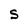
Character: s